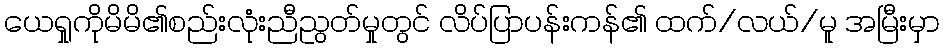
ယေရှုကိုမိမိ၏စည်းလုံးညီညွတ်မှုတွင် လိပ်ပြာပန်းကန်၏ ထက်/လယ်/မူ အမြီးမှာ